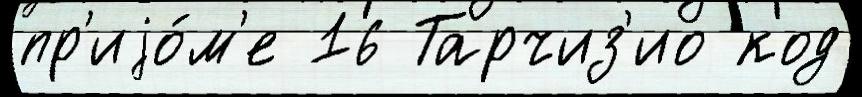
пр'иjо́м'е 16 Тарчиз'ио код